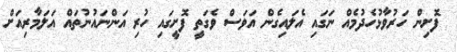
ފޮށިން ހަރުވާޅުހެދުމެއް ނަގައި އެލައިގެން އަވަސް ވެގަތީ ފޮށީގައި ހުރި އަންނައުނުތައް އަލަމާރިއަށް